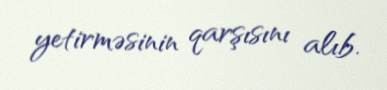
yetirməsinin qarşısını alıb.